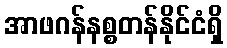
အာဖဂန်နစ္စတန်နိုင်ငံရှိ